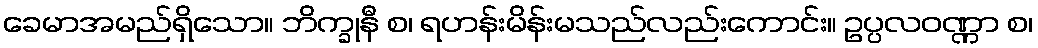
ခေမာအမည်ရှိသော။ ဘိက္ခုနီ စ၊ ရဟန်းမိန်းမသည်လည်းကောင်း။ ဥပ္ပလဝဏ္ဏာ စ၊